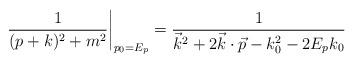
LaTeX: \begin{align*}\left.{1\over (p+k)^{2} + m^{2}}\right|_{p_{0}= E_{p}} = {1\over\vec{k}^{2}+2\vec{k}\cdot \vec{p} - k_{0}^{2} - 2E_{p}k_{0}}\end{align*}